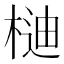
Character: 𣔴